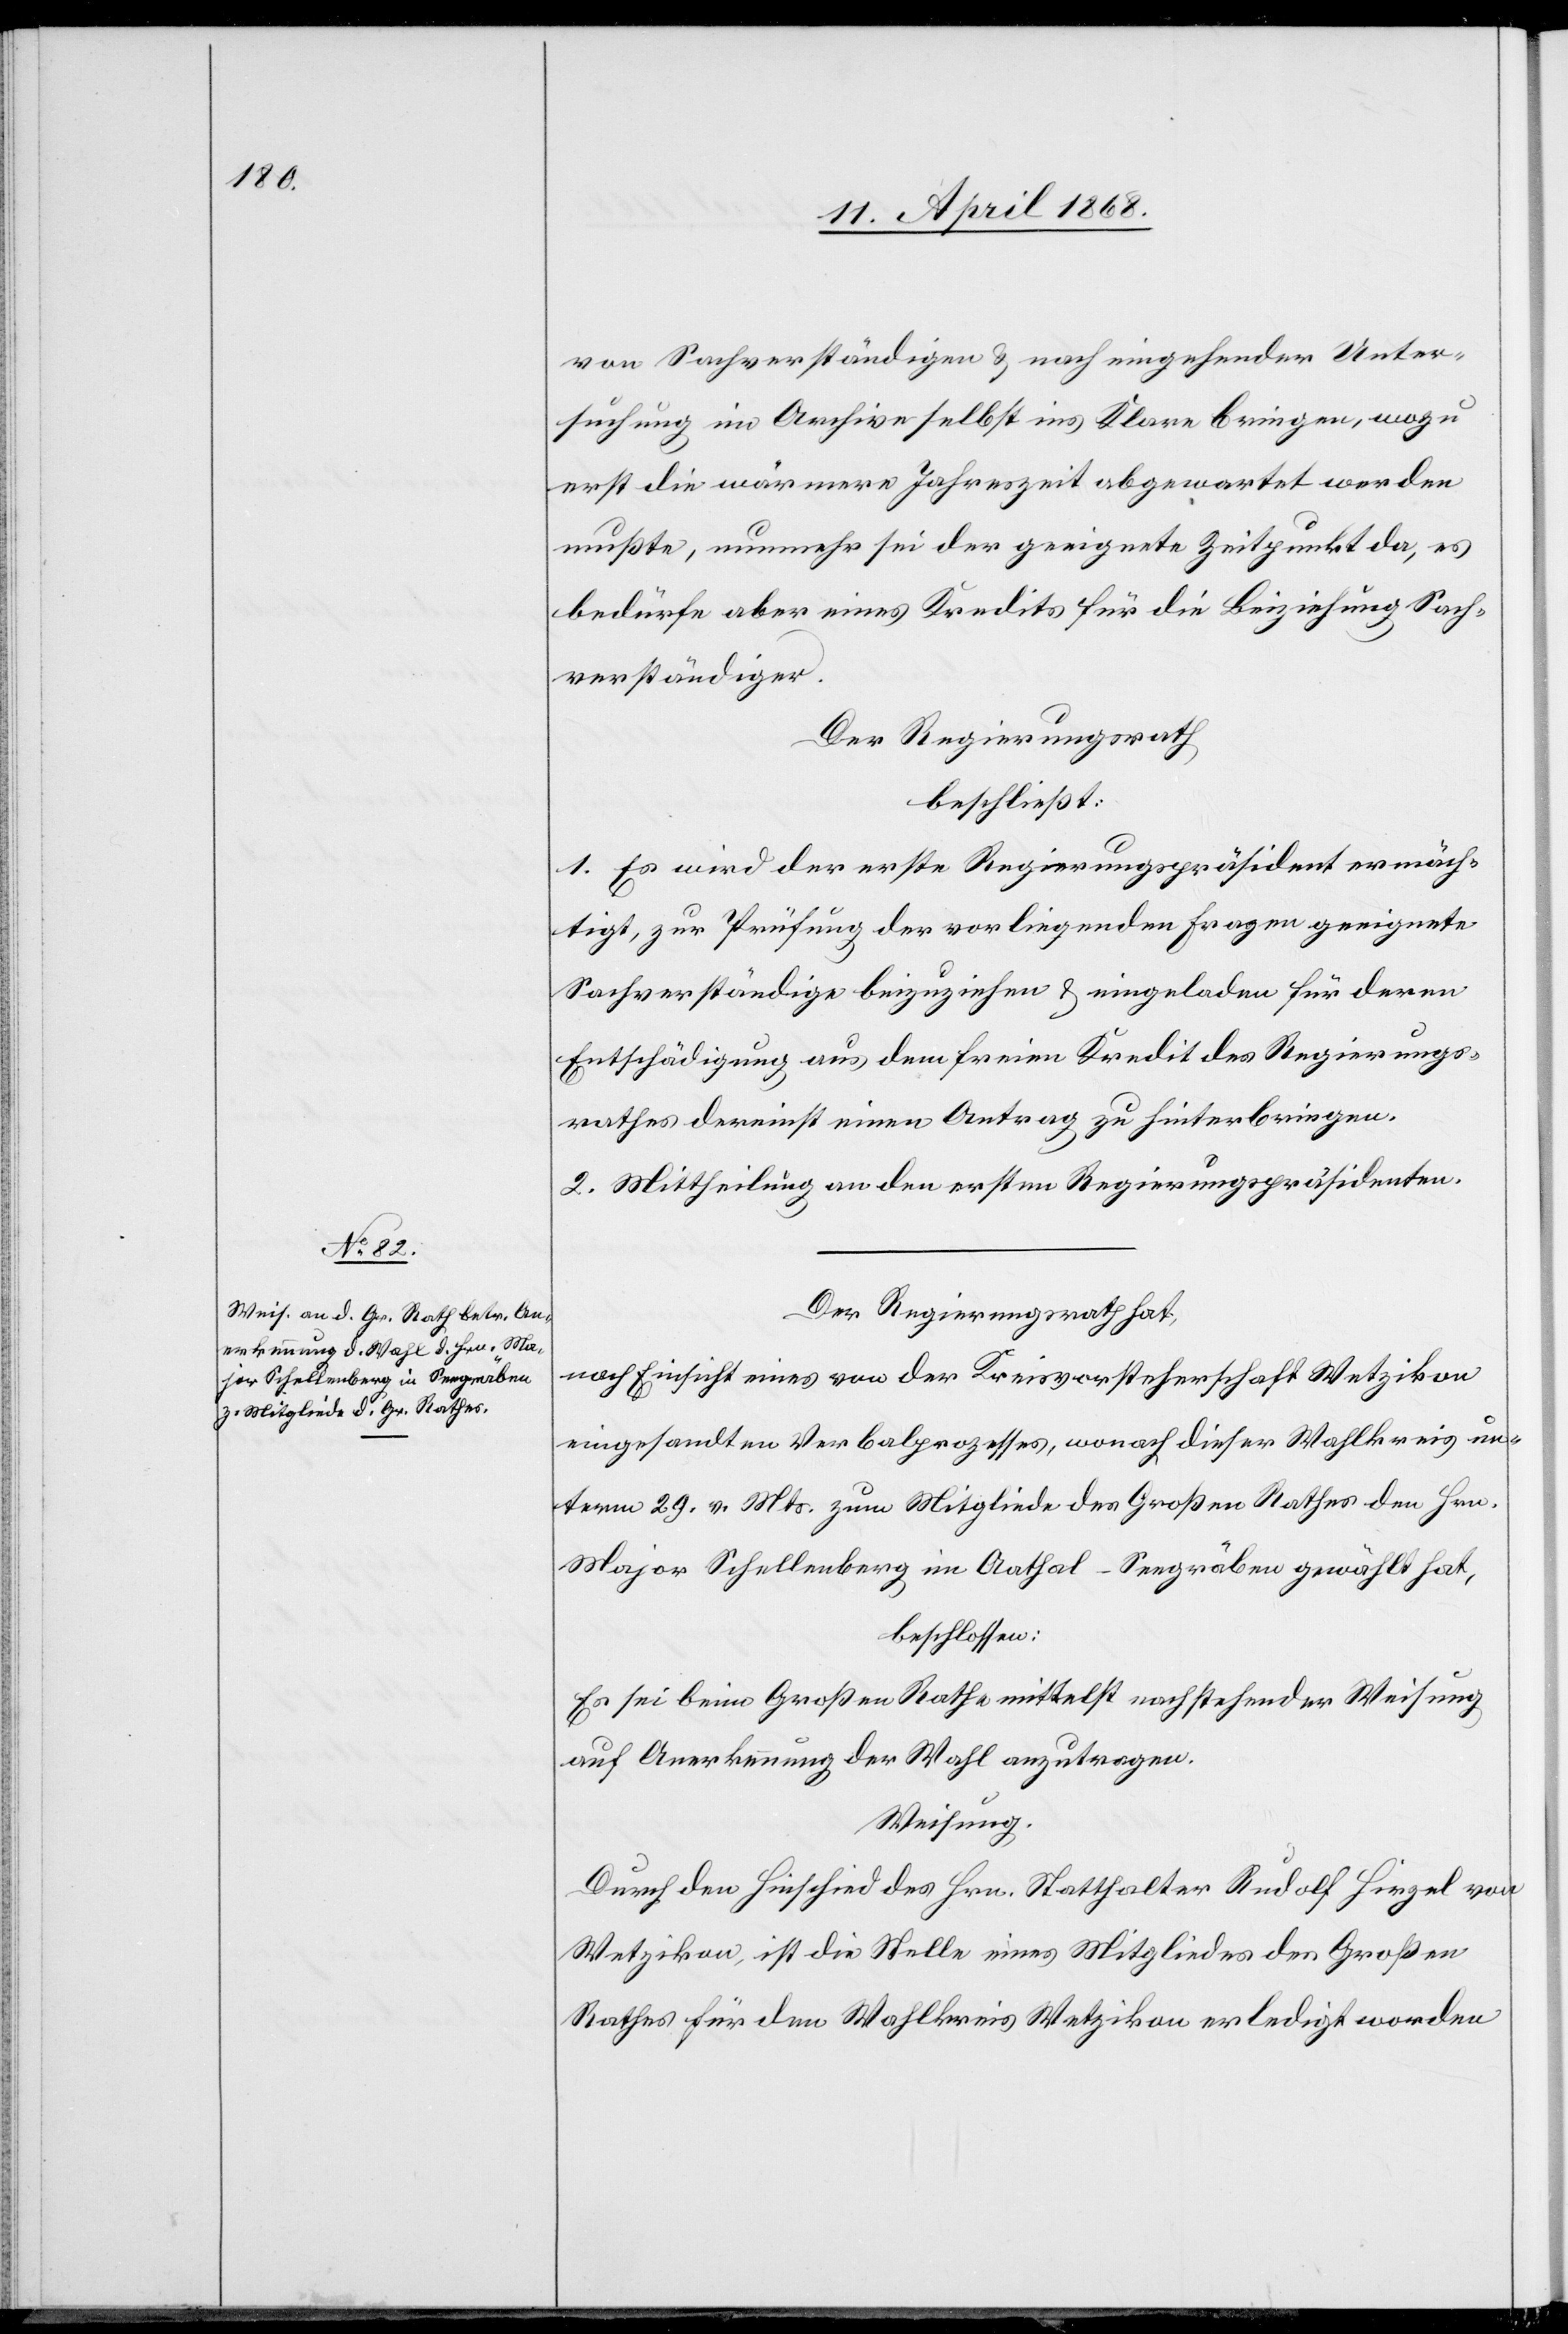
von Sachverständigen & nach eingehender Unter¬
suchung im Archive selbst ins Klare bringen, wozu
erst die wärmere Jahreszeit abgewartet werden
mußte, nunmehr sei der geeignete Zeitpunkt da, es
bedürfe aber eines Kredits für die Beiziehung Sach¬
verständiger.
Der Regierungsrath
beschließt:
1. Es wird der erste Regierungspräsident ermäch¬
tigt, zur Prüfung der vorliegenden Fragen geeignete
Sachverständige beizuziehen & eingeladen für deren
Entschädigung aus dem freien Kredit des Regierungs¬
rathes dereinst einen Antrag zu hinterbringen.
2. Mittheilung an den ersten Regierungspräsidenten.
Der Regierungsrath hat,
nach Einsicht eines von der Kreisvorsteherschaft Wetzikon
eingesandten Verbalprozesses, wonach dieser Wahlkreis un¬
term 29. v. Mts. zum Mitgliede des Großen Rathes den Hrn.
Major Schellenberg im Aathal-Seegräben gewählt hat,
beschlossen:
Es sei beim Großen Rathe mittelst nachstehender Weisung
auf Anerkennung der Wahl anzutragen.
Weisung.
Durch den Hinschied des Hrn. Statthalter Rudolf Hirzel von
Wetzikon, ist die Stelle eines Mitgliedes des Großen
Rathes für den Wahlkreis Wetzikon erledigt worden